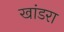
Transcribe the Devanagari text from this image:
खांडरा